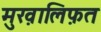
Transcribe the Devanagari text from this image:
मुख़ालिफ़त